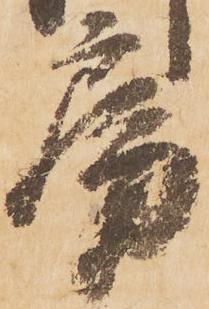
房